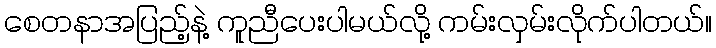
စေတနာအပြည့်နဲ့ ကူညီပေးပါမယ်လို့ ကမ်းလှမ်းလိုက်ပါတယ်။